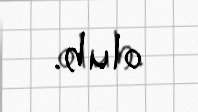
olub.